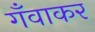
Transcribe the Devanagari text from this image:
गँवाकर